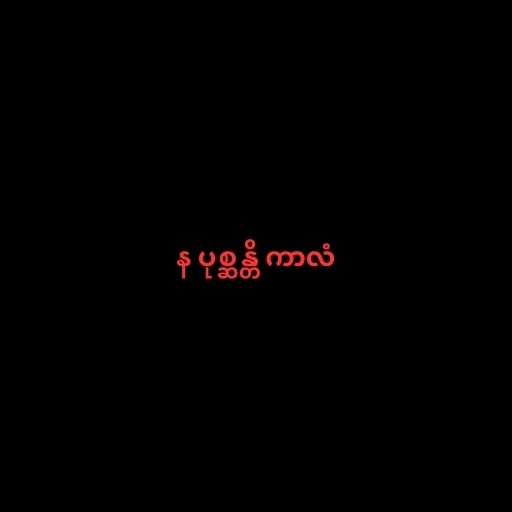
န ပုစ္ဆန္တိ ကာလံ